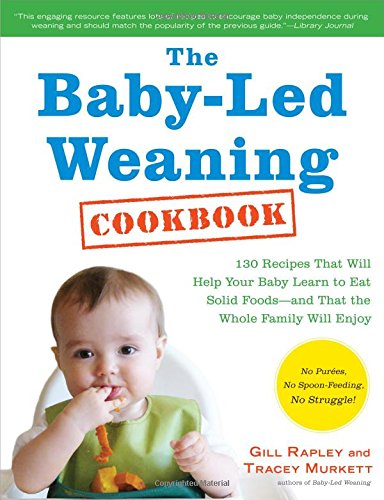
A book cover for The Baby-Led Weaning Cookbook: 130 Easy, Nutritious Recipes That Will Help Your Baby Learn to Eat (and Love!) a Variety of Solid Foods - and That the Whole Family Will Enjoy; Gill Rapley; Cookbooks, Food & Wine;